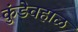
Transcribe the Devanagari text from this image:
कुंडेवहाळ